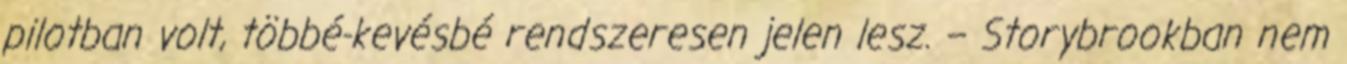
pilotban volt, többé-kevésbé rendszeresen jelen lesz. – Storybrookban nem